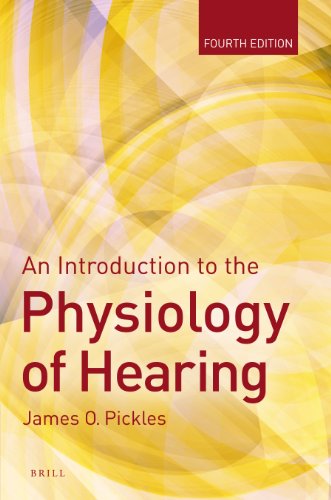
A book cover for An Introduction to the Physiology of Hearing: Fourth Edition; James Pickles; Science & Math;